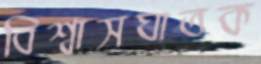
বিশ্বাসঘাতক